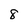
Character: 8